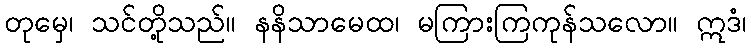
တုမှေ၊ သင်တို့သည်။ နနိသာမေထ၊ မကြားကြကုန်သလော။ ဣဒံ၊